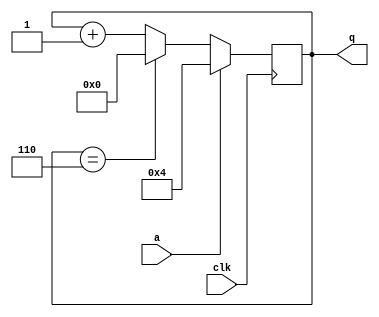
module top_module (
    input clk,
    input a,
    output [3:0] q );
    
    always@(posedge clk)begin
        if(a)
            q <= 3'd4;
        else 
            q <= (q==3'd6)? 3'd0:q+1;
    end

endmodule